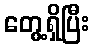
တွေ့ရှိပြီး